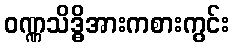
ဝဏ္ဏသိဒ္ဓိအားကစားကွင်း